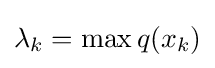
\lambda _{k}=\max q(x_{k})